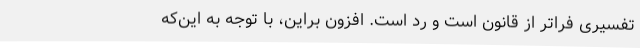
تفسیری فراتر از قانون است و رد است. افزون براین، با توجه به این‌که